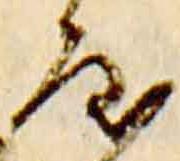
屋